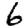
Digit: 6